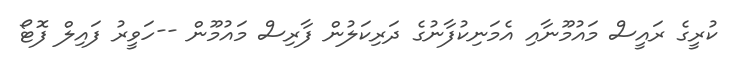
ކުރީގެ ރައީސް މައުމޫނާއި އެމަނިކުފާނުގެ ދަރިކަލުން ފާރިސް މައުމޫން --ހަވީރު ފައިލް ފޮޓޯ